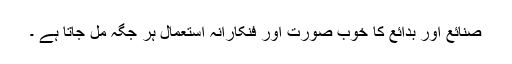
صنائع اور بدائع کا خوب صورت اور فنکارانہ استعمال ہر جگہ مل جاتا ہے ۔